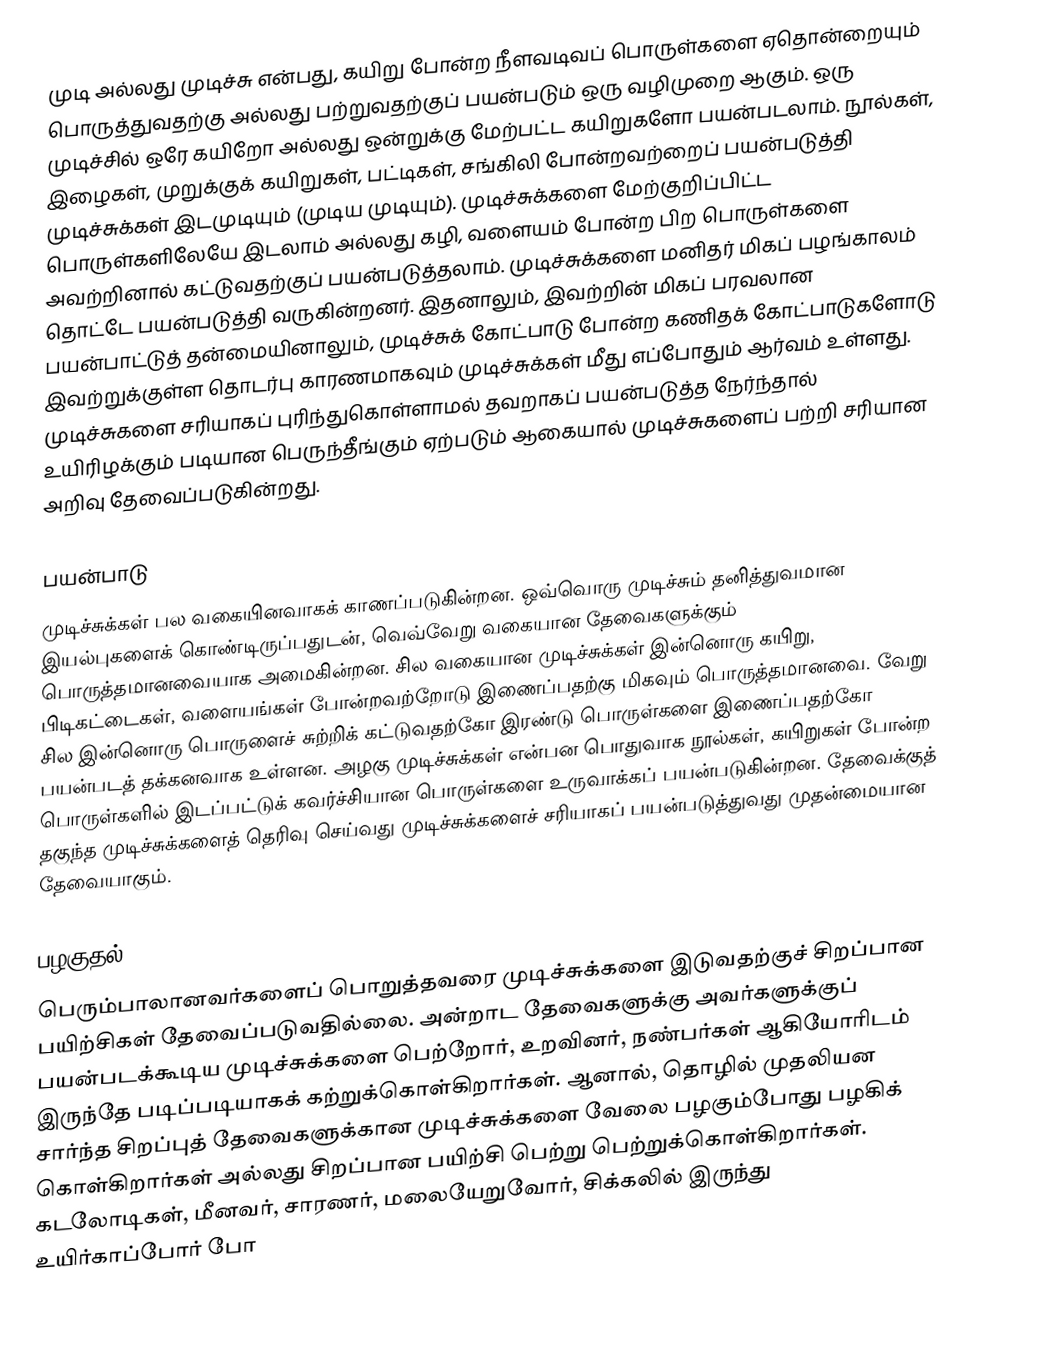
முடி அல்லது முடிச்சு என்பது, கயிறு போன்ற நீளவடிவப் பொருள்களை ஏதொன்றையும் பொருத்துவதற்கு அல்லது பற்றுவதற்குப் பயன்படும் ஒரு வழிமுறை ஆகும். ஒரு முடிச்சில் ஒரே கயிறோ அல்லது ஒன்றுக்கு மேற்பட்ட கயிறுகளோ பயன்படலாம். நூல்கள், இழைகள், முறுக்குக் கயிறுகள், பட்டிகள், சங்கிலி போன்றவற்றைப் பயன்படுத்தி முடிச்சுக்கள் இடமுடியும் (முடிய முடியும்). முடிச்சுக்களை மேற்குறிப்பிட்ட பொருள்களிலேயே இடலாம் அல்லது கழி, வளையம் போன்ற பிற பொருள்களை அவற்றினால் கட்டுவதற்குப் பயன்படுத்தலாம். முடிச்சுக்களை மனிதர் மிகப் பழங்காலம் தொட்டே பயன்படுத்தி வருகின்றனர். இதனாலும், இவற்றின் மிகப் பரவலான பயன்பாட்டுத் தன்மையினாலும், முடிச்சுக் கோட்பாடு போன்ற கணிதக் கோட்பாடுகளோடு இவற்றுக்குள்ள தொடர்பு காரணமாகவும் முடிச்சுக்கள் மீது எப்போதும் ஆர்வம் உள்ளது. முடிச்சுகளை சரியாகப் புரிந்துகொள்ளாமல் தவறாகப் பயன்படுத்த நேர்ந்தால் உயிரிழக்கும் படியான பெருந்தீங்கும் ஏற்படும் ஆகையால் முடிச்சுகளைப் பற்றி சரியான அறிவு தேவைப்படுகின்றது.

பயன்பாடு
முடிச்சுக்கள் பல வகையினவாகக் காணப்படுகின்றன. ஒவ்வொரு முடிச்சும் தனித்துவமான இயல்புகளைக் கொண்டிருப்பதுடன், வெவ்வேறு வகையான தேவைகளுக்கும் பொருத்தமானவையாக அமைகின்றன. சில வகையான முடிச்சுக்கள் இன்னொரு கயிறு, பிடிகட்டைகள், வளையங்கள் போன்றவற்றோடு இணைப்பதற்கு மிகவும் பொருத்தமானவை. வேறு சில இன்னொரு பொருளைச் சுற்றிக் கட்டுவதற்கோ இரண்டு பொருள்களை இணைப்பதற்கோ பயன்படத் தக்கனவாக உள்ளன. அழகு முடிச்சுக்கள் என்பன பொதுவாக நூல்கள், கயிறுகள் போன்ற பொருள்களில் இடப்பட்டுக் கவர்ச்சியான பொருள்களை உருவாக்கப் பயன்படுகின்றன. தேவைக்குத் தகுந்த முடிச்சுக்களைத் தெரிவு செய்வது முடிச்சுக்களைச் சரியாகப் பயன்படுத்துவது முதன்மையான தேவையாகும்.

பழகுதல்
பெரும்பாலானவர்களைப் பொறுத்தவரை முடிச்சுக்களை இடுவதற்குச் சிறப்பான பயிற்சிகள் தேவைப்படுவதில்லை. அன்றாட தேவைகளுக்கு அவர்களுக்குப் பயன்படக்கூடிய முடிச்சுக்களை பெற்றோர், உறவினர், நண்பர்கள் ஆகியோரிடம் இருந்தே படிப்படியாகக் கற்றுக்கொள்கிறார்கள். ஆனால், தொழில் முதலியன சார்ந்த சிறப்புத் தேவைகளுக்கான முடிச்சுக்களை வேலை பழகும்போது பழகிக் கொள்கிறார்கள் அல்லது சிறப்பான பயிற்சி பெற்று பெற்றுக்கொள்கிறார்கள். கடலோடிகள், மீனவர், சாரணர், மலையேறுவோர், சிக்கலில் இருந்து உயிர்காப்போர் போ